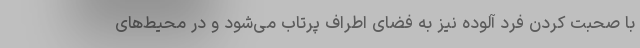
با صحبت کردن فرد آلوده نیز به فضای اطراف پرتاب می‌شود و در محیط‌های